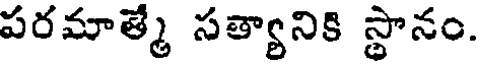
పరమాత్మే సత్యానికి స్థానం.